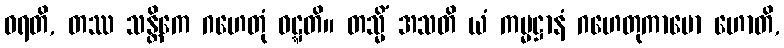
ဓရတိ, တဿ သန္တိကေ ဂဟေတုံ ဝဋ္ဋတိ။ တသ္မိံ အသတိ ယံ ကမ္မဋ္ဌာနံ ဂဟေတုကာမော ဟောတိ,